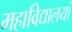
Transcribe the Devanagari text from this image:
महाविद्यालयां